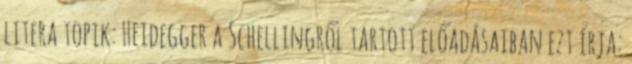
litera topik: Heidegger a Schellingről tartott előadásaiban ezt írja: